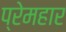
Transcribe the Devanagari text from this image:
प्रेमहार